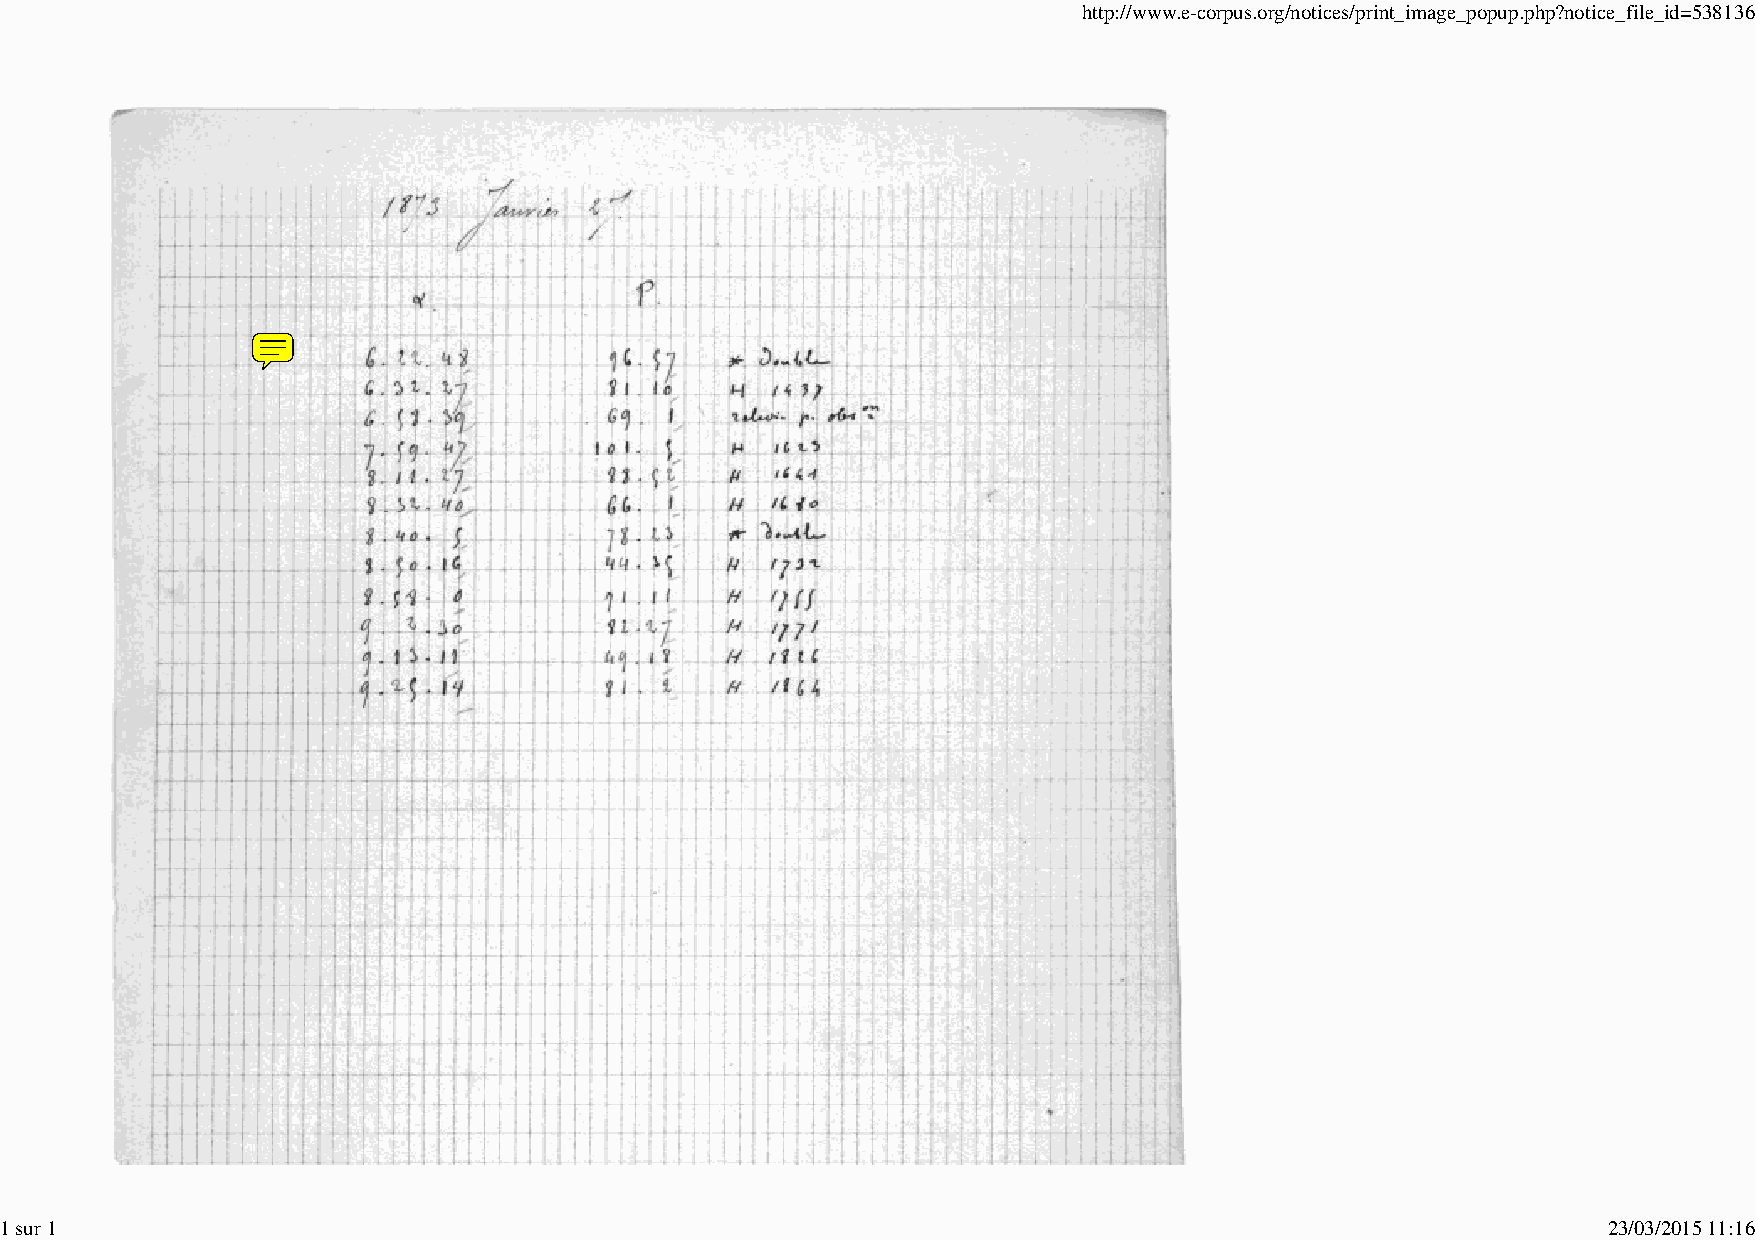
http://www.e-corpus.org/notices/print_image_popup.php?notice_file_id=538136
 1 sur 1                                                                                                   23/03/2015 11:16